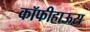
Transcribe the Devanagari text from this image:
कॉफीहाऊस